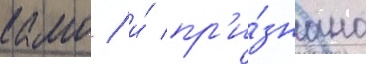
камо / и́ пр'и́знано